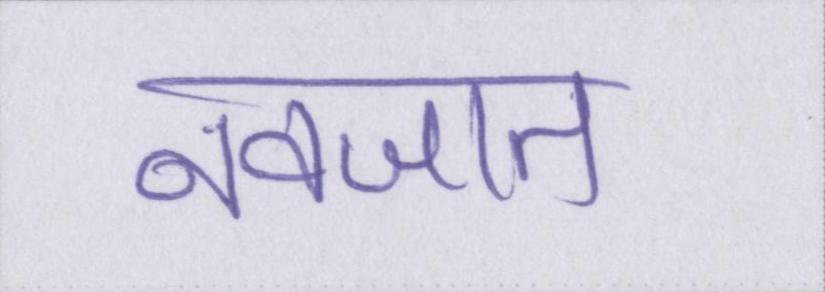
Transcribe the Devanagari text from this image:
नवजात